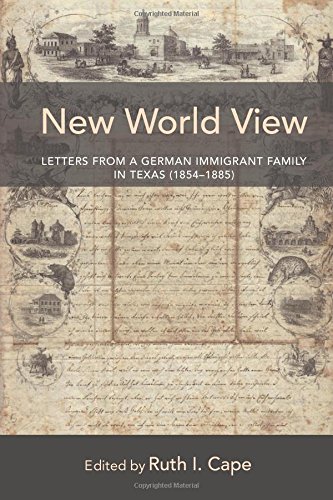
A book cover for New World View: Letters from a German Immigrant Family in Texas (1854-1885); History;